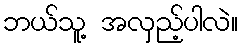
ဘယ်သူ့ အလှည့်ပါလဲ။